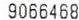
9066468